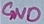
Text: GND